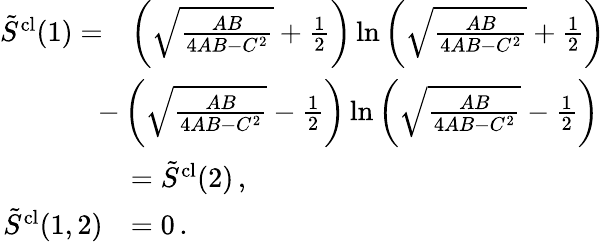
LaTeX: \begin{array}{rl}{\tilde{S}^{\mathrm{cl}}(1)=}&{\left(\sqrt{\frac{AB}{4AB-C^{2}}}+\frac{1}{2}\right)\ln\left(\sqrt{\frac{AB}{4AB-C^{2}}}+\frac{1}{2}\right)}\\ &{\! \! \! \! \! \! \! -\left(\sqrt{\frac{AB}{4AB-C^{2}}}-\frac{1}{2}\right)\ln\left(\sqrt{\frac{AB}{4AB-C^{2}}}-\frac{1}{2}\right)}\\ &{=\tilde{S}^{\mathrm{cl}}(2)\, ,}\\ {\tilde{S}^{\mathrm{cl}}(1,2)}&{=0\, .}\end{array}